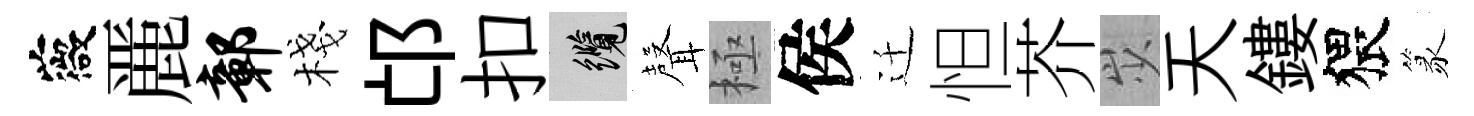
薇䴡鄣棧邙扣纜𮋻極侯迁怛芥𡵯天鏤猥篆